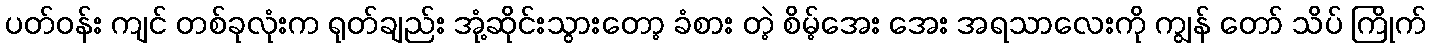
ပတ်ဝန်း ကျင် တစ်ခုလုံးက ရုတ်ချည်း အုံ့ဆိုင်းသွားတော့ ခံစား တဲ့ စိမ့်အေး အေး အရသာလေးကို ကျွန် တော် သိပ် ကြိုက်